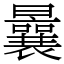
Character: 曩